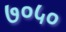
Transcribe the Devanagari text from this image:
७०५०